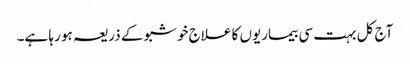
آج کل بہت سی بیماریوں کا علاج خوشبو کے ذریعہ ہو رہا ہے۔